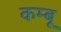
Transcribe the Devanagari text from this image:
कम्बू